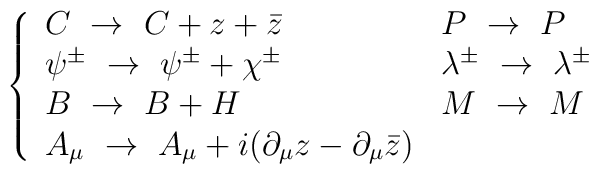
\left\{\begin{array}{ll}C\ \to\ C+z+\bar{z} & P\ \to\ P\\\psi^\pm\ \to\ \psi^\pm + \chi^\pm & \lambda^\pm\ \to\ \lambda^\pm\\B\ \to\ B+H & M\ \to\ M\\A_\mu\ \to\ A_\mu+i(\partial_\mu z-\partial_\mu\bar z)&\end{array}\right.